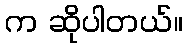
က ဆိုပါတယ်။